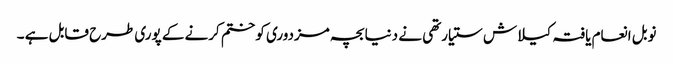
نوبل انعام یافتہ کیلاش ستیارتھی نے دنیا بچہ مزدوری کو ختم کرنے کے پوری طرح قابل ہے ۔